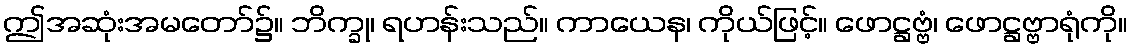
ဤအဆုံးအမတော်၌။ ဘိက္ခု၊ ရဟန်းသည်။ ကာယေန၊ ကိုယ်ဖြင့်။ ဖောဋ္ဌဗ္ဗံ၊ ဖောဋ္ဌဗ္ဗာရုံကို။